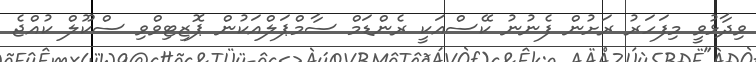
ވިދާޅުވީ މިފަހަރު ރަށުން ފެނުނު ކޭސްއަކީ ރެންޑަމް ސާމްޕަލްއަކުން ޕޮޒިޓިވްވި ސްކޫލް ކުއްޖެ